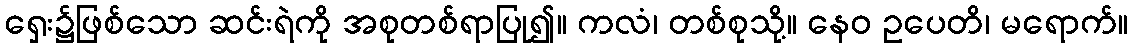
ရှေး၌ဖြစ်သော ဆင်းရဲကို အစုတစ်ရာပြု၍။ ကလံ၊ တစ်စုသို့။ နေဝ ဥပေတိ၊ မရောက်။